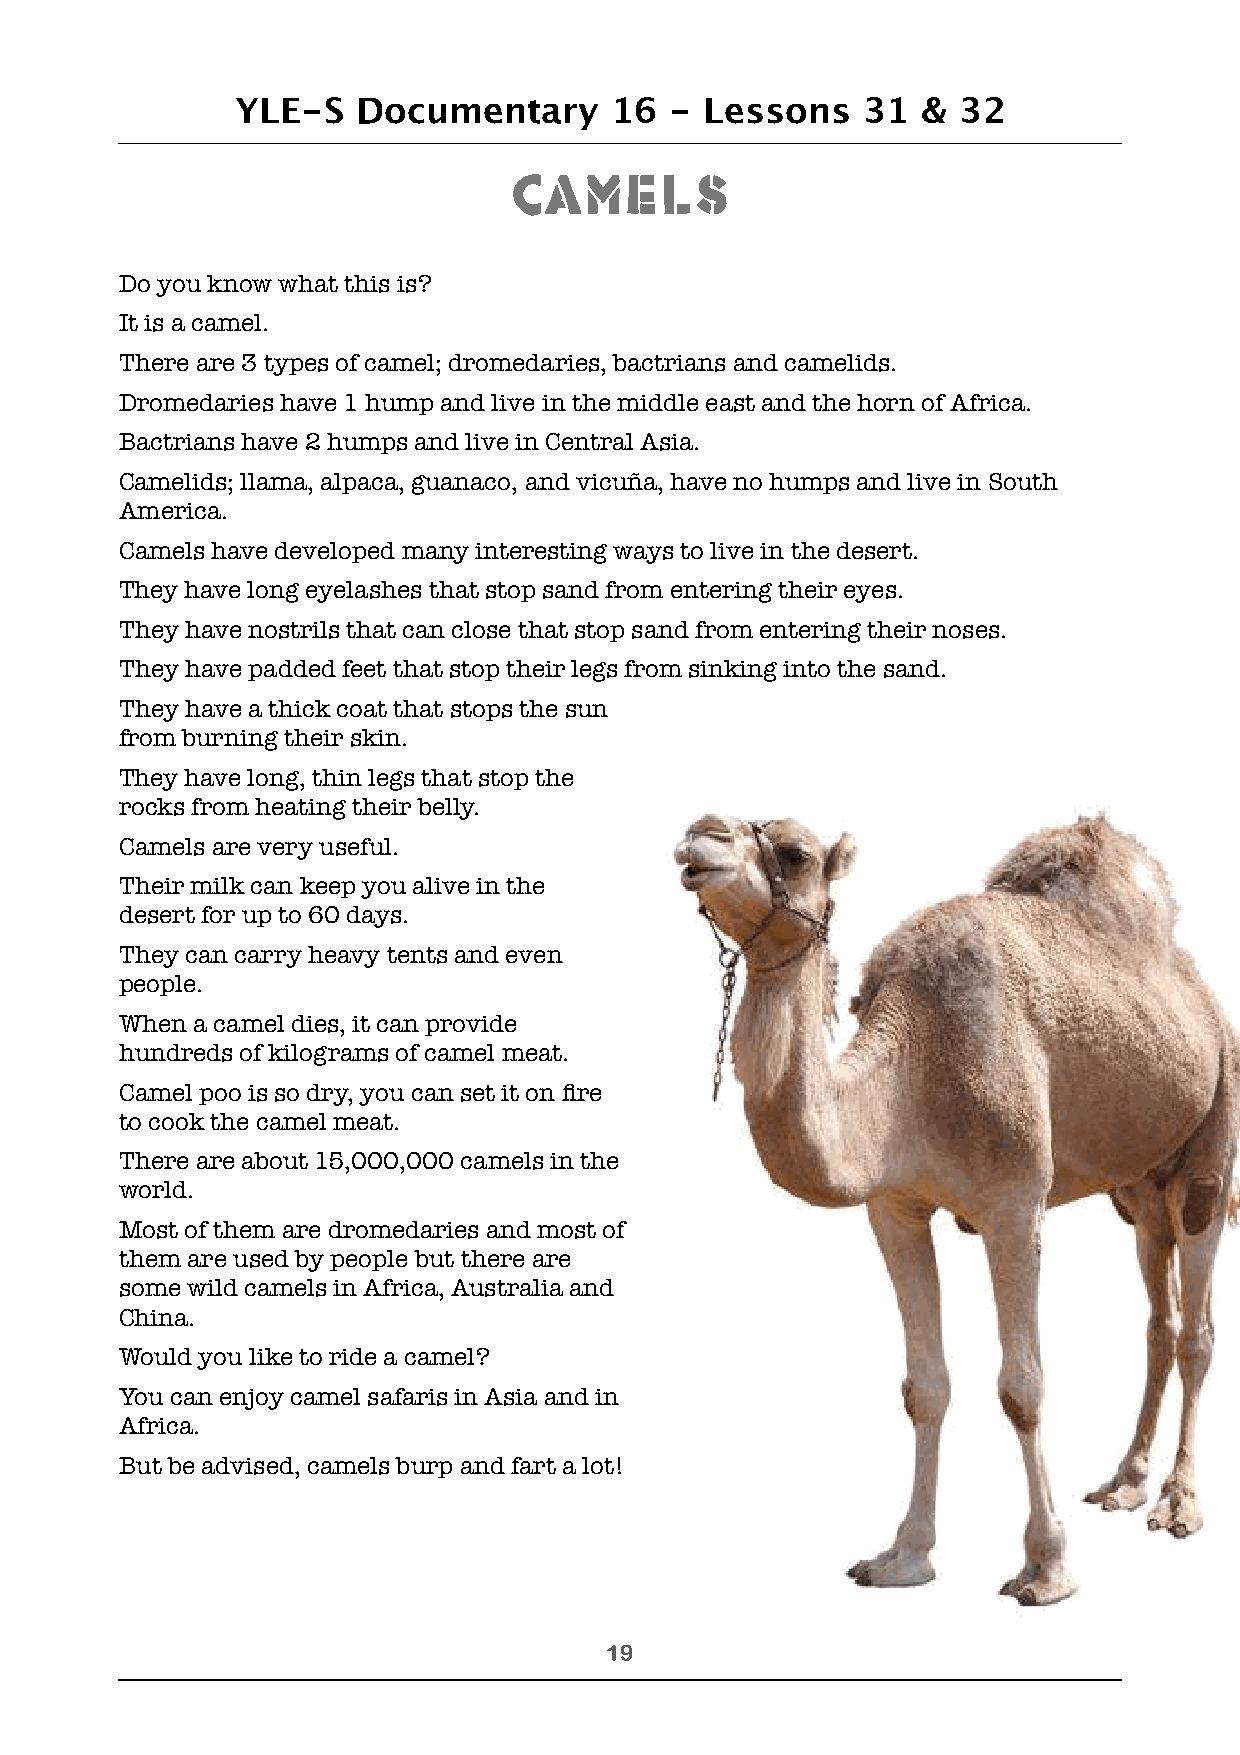
YLE-S   Documentary     16  -  Lessons   31  & 32
 Camels
 Do you know what this is?
 It is a camel.
 There are 3 types of camel; dromedaries, bactrians and camelids.
 Dromedaries have 1 hump and live in the middle east and the horn of Africa.
 Bactrians have 2 humps and live in Central Asia.
 Camelids; llama, alpaca, guanaco, and vicuña, have no humps and live in South
 America.
 Camels have developed many interesting ways to live in the desert.
 They have long eyelashes that stop sand from entering their eyes.
 They have nostrils that can close that stop sand from entering their noses.
 They have padded feet that stop their legs from sinking into the sand.
 They have a thick coat that stops the sun
 from burning their skin.
 They have long, thin legs that stop the
 rocks from heating their belly.
 Camels are very useful.
 Their milk can keep you alive in the
 desert for up to 60 days.
 They can carry heavy tents and even
 people.
 When a camel dies, it can provide
 hundreds of kilograms of camel meat.
 Camel poo is so dry, you can set it on fire
 to cook the camel meat.
 There are about 15,000,000 camels in the
 world.
 Most of them are dromedaries and most of
 them are used by people but there are
 some wild camels in Africa, Australia and
 China.
 Would you like to ride a camel?
 You can enjoy camel safaris in Asia and in
 Africa.
 But be advised, camels burp and fart a lot!
 !19